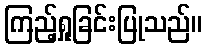
ကြည့်ရှုခြင်းပြုသည်။